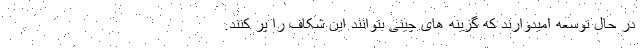
در حال توسعه امیدوارند که گزینه های چینی بتوانند این شکاف را پر کنند.